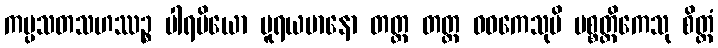
ကပ္ပသတသဟဿဉ္စ ပါရမိယော ပူရယမာနော တတ္ထ တတ္ထ ဝဓကေသုပိ ပစ္စတ္ထိကေသု စိတ္တံ